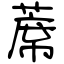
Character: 蓆